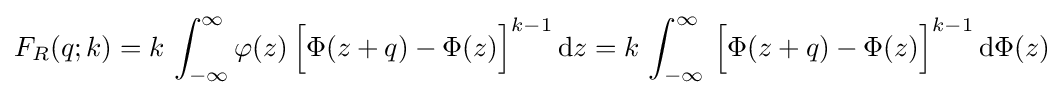
F_{R}(q;k)=k\,\int _{-\infty }^{\infty }\varphi (z)\,{\Bigl [}\Phi (z+q)-\Phi (z){\Bigr ]}^{k-1}\,\mathrm {d} z=k\,\int _{-\infty }^{\infty }\,{\Bigl [}\Phi (z+q)-\Phi (z){\Bigr ]}^{k-1}\,\mathrm {d} \Phi (z)